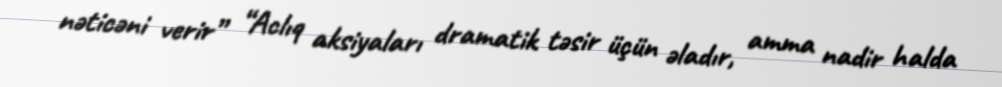
nəticəni verir” “Aclıq aksiyaları dramatik təsir üçün əladır, amma nadir halda